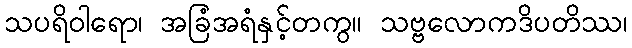
သပရိဝါရော၊ အခြံအရံနှင့်တကွ။ သဗ္ဗလောကဒိပတိဿ၊